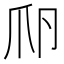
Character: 𤓲